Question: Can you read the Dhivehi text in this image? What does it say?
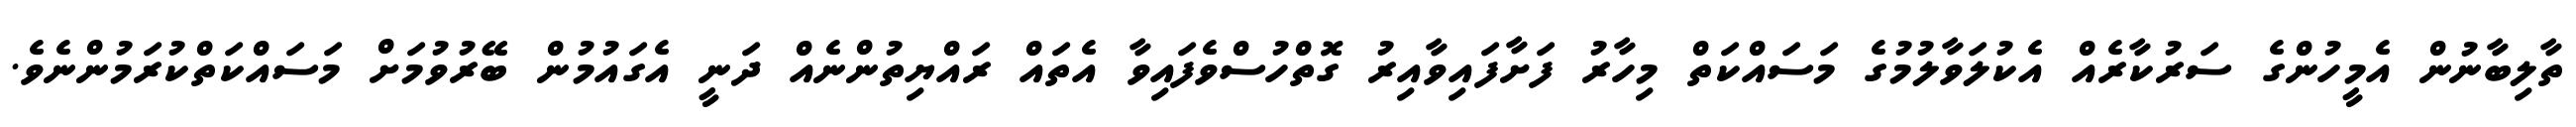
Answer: ތާލިބާނުން އެމީހުންގެ ސަރުކާރެއް އެކުލަވާލުމުގެ މަސައްކަތް މިހާރު ފަށާފައިވާއިރު ގޮތްހުސްވެފައިވާ އެތައް ރައްޔިތުންނެއް ދަނީ އެގައުމުން ބޭރުވުމަށް މަސައްކަތްކުރަމުންނެވެ.